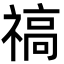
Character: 禞